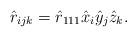
LaTeX: \begin{align*}\hat{r}_{ijk}=\hat{r}_{111}\hat{x}_{i}\hat{y}_{j}\hat{z}_{k}. \end{align*}